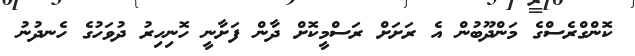
ކޮންގްރެސްގެ މަންދޫބުން އެ ރަށަށް ރަސްމީކޮށް ދާން ފަށާނީ ހޮނިހިރު ދުވަހުގެ ހެނދުނު